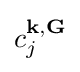
c_{j}^{\mathbf {k} ,\mathbf {G} }